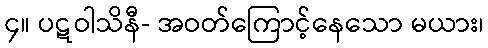
၄။ ပဋဝါသိနီ- အဝတ်ကြောင့်နေသော မယား၊